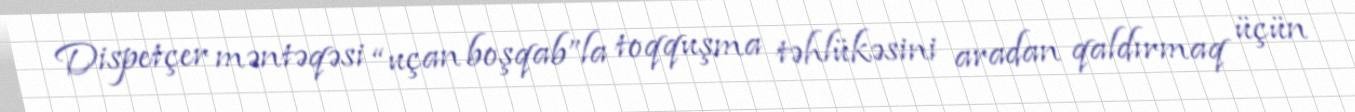
Dispetçer məntəqəsi “uçan boşqab”la toqquşma təhlükəsini aradan qaldırmaq üçün